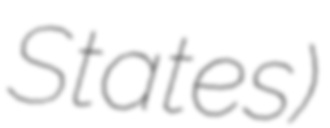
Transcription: States)